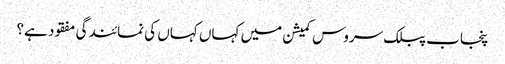
پنجاب پبلک سروس کمیشن میں کہاں کہاں کی نمائندگی مفقود ہے؟